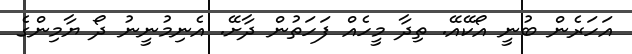
އަހަރެން ބުނީ އޯކޭއޭ. ތިދާ މީހެއް ފަހަތުން ދާށޭ. އެނިމުނީނު ދޯ ޔާމިންގެ